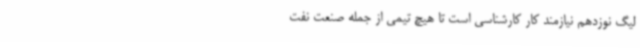
لیگ نوزدهم نیازمند کار کارشناسی است تا هیچ تیمی از جمله صنعت نفت